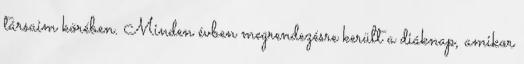
társaim körében. Minden évben megrendezésre került a diáknap, amikor